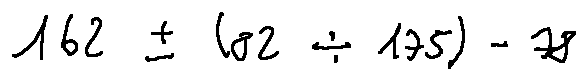
1 6 2 \pm ( 8 2 \div 1 7 5 ) - 7 8